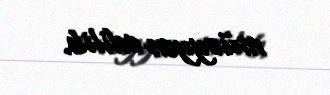
müəyyən edilib.